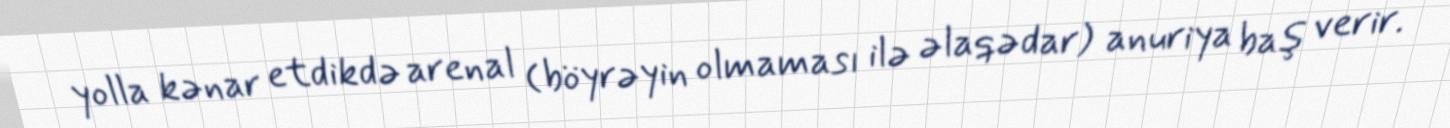
yolla kənar etdikdə arenal (böyrəyin olmaması ilə əlaqədar) anuriya baş verir.